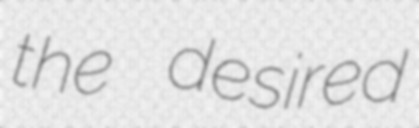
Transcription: the desired